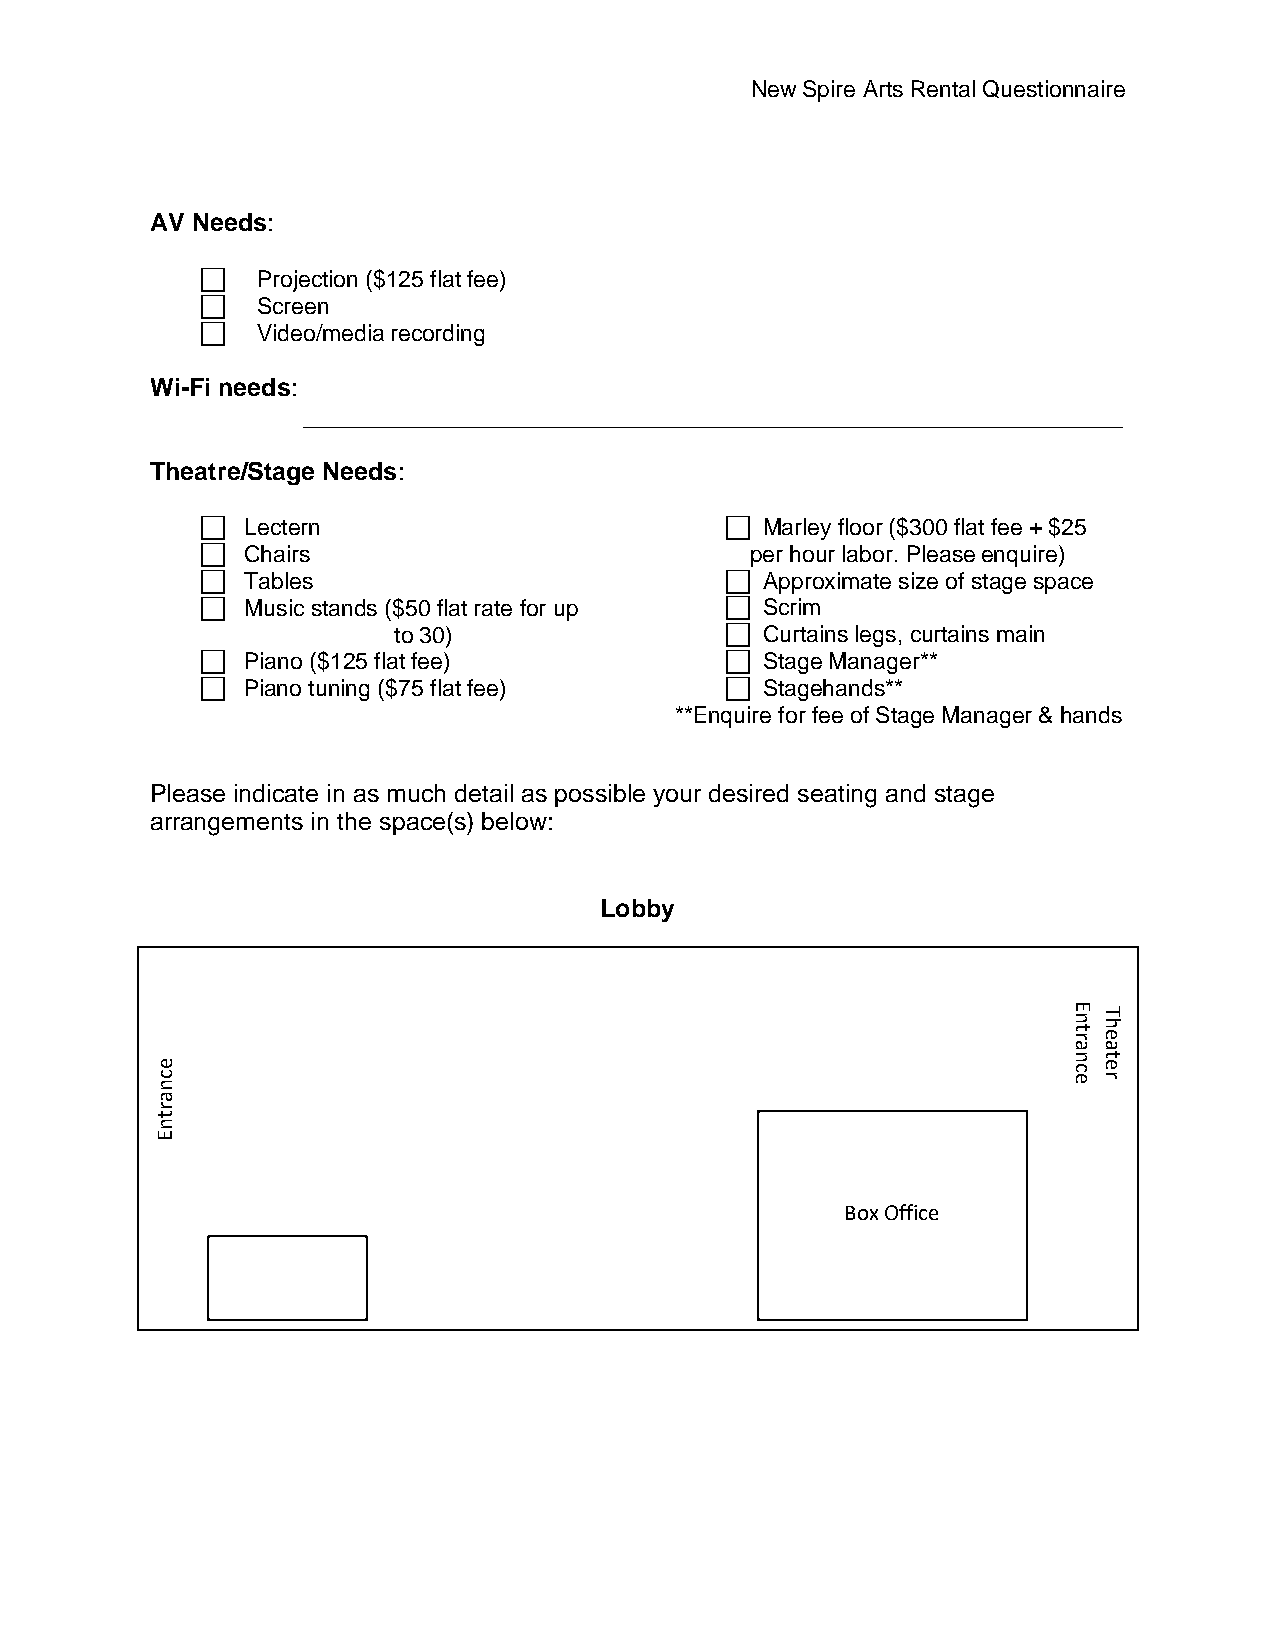
New Spire Arts Rental Questionnaire
 AV Needs:
 ⃞ Projection ($125 flat fee)
 ⃞ Screen
 ⃞ Video/media recording
 Wi-Fi needs:
 ___________________________________________________________
 Theatre/Stage Needs:
 ⃞ Lectern                          ⃞ Marley floor ($300 flat fee + $25
 ⃞ Chairs                           per hour labor. Please enquire)
 ⃞ Tables                           ⃞ Approximate size of stage space
 ⃞ Music stands ($50 flat rate for up ⃞ Scrim
 to 30)                  ⃞ Curtains legs, curtains main
 ⃞ Piano ($125 flat fee)            ⃞ Stage Manager**
 ⃞ Piano tuning ($75 flat fee)      ⃞ Stagehands**
 **Enquire for fee of Stage Manager & hands
 Please indicate in as much detail as possible your desired seating and stage
 arrangements in the space(s) below:
 Lobby
 nE hT
 rt e
 a a
 e
 c
 n
 ecn ret
 a
 r
 t
 n
 E
 Box Office